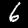
Digit: 6